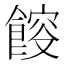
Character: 𩜯